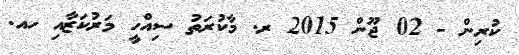
ކުރިން - 02 ޖޫން 2015 ރ. މާކުރަތު ސިއްހީ މަރުކަޒާއި ހއ.